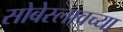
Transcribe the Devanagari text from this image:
सोबेस्लावच्या